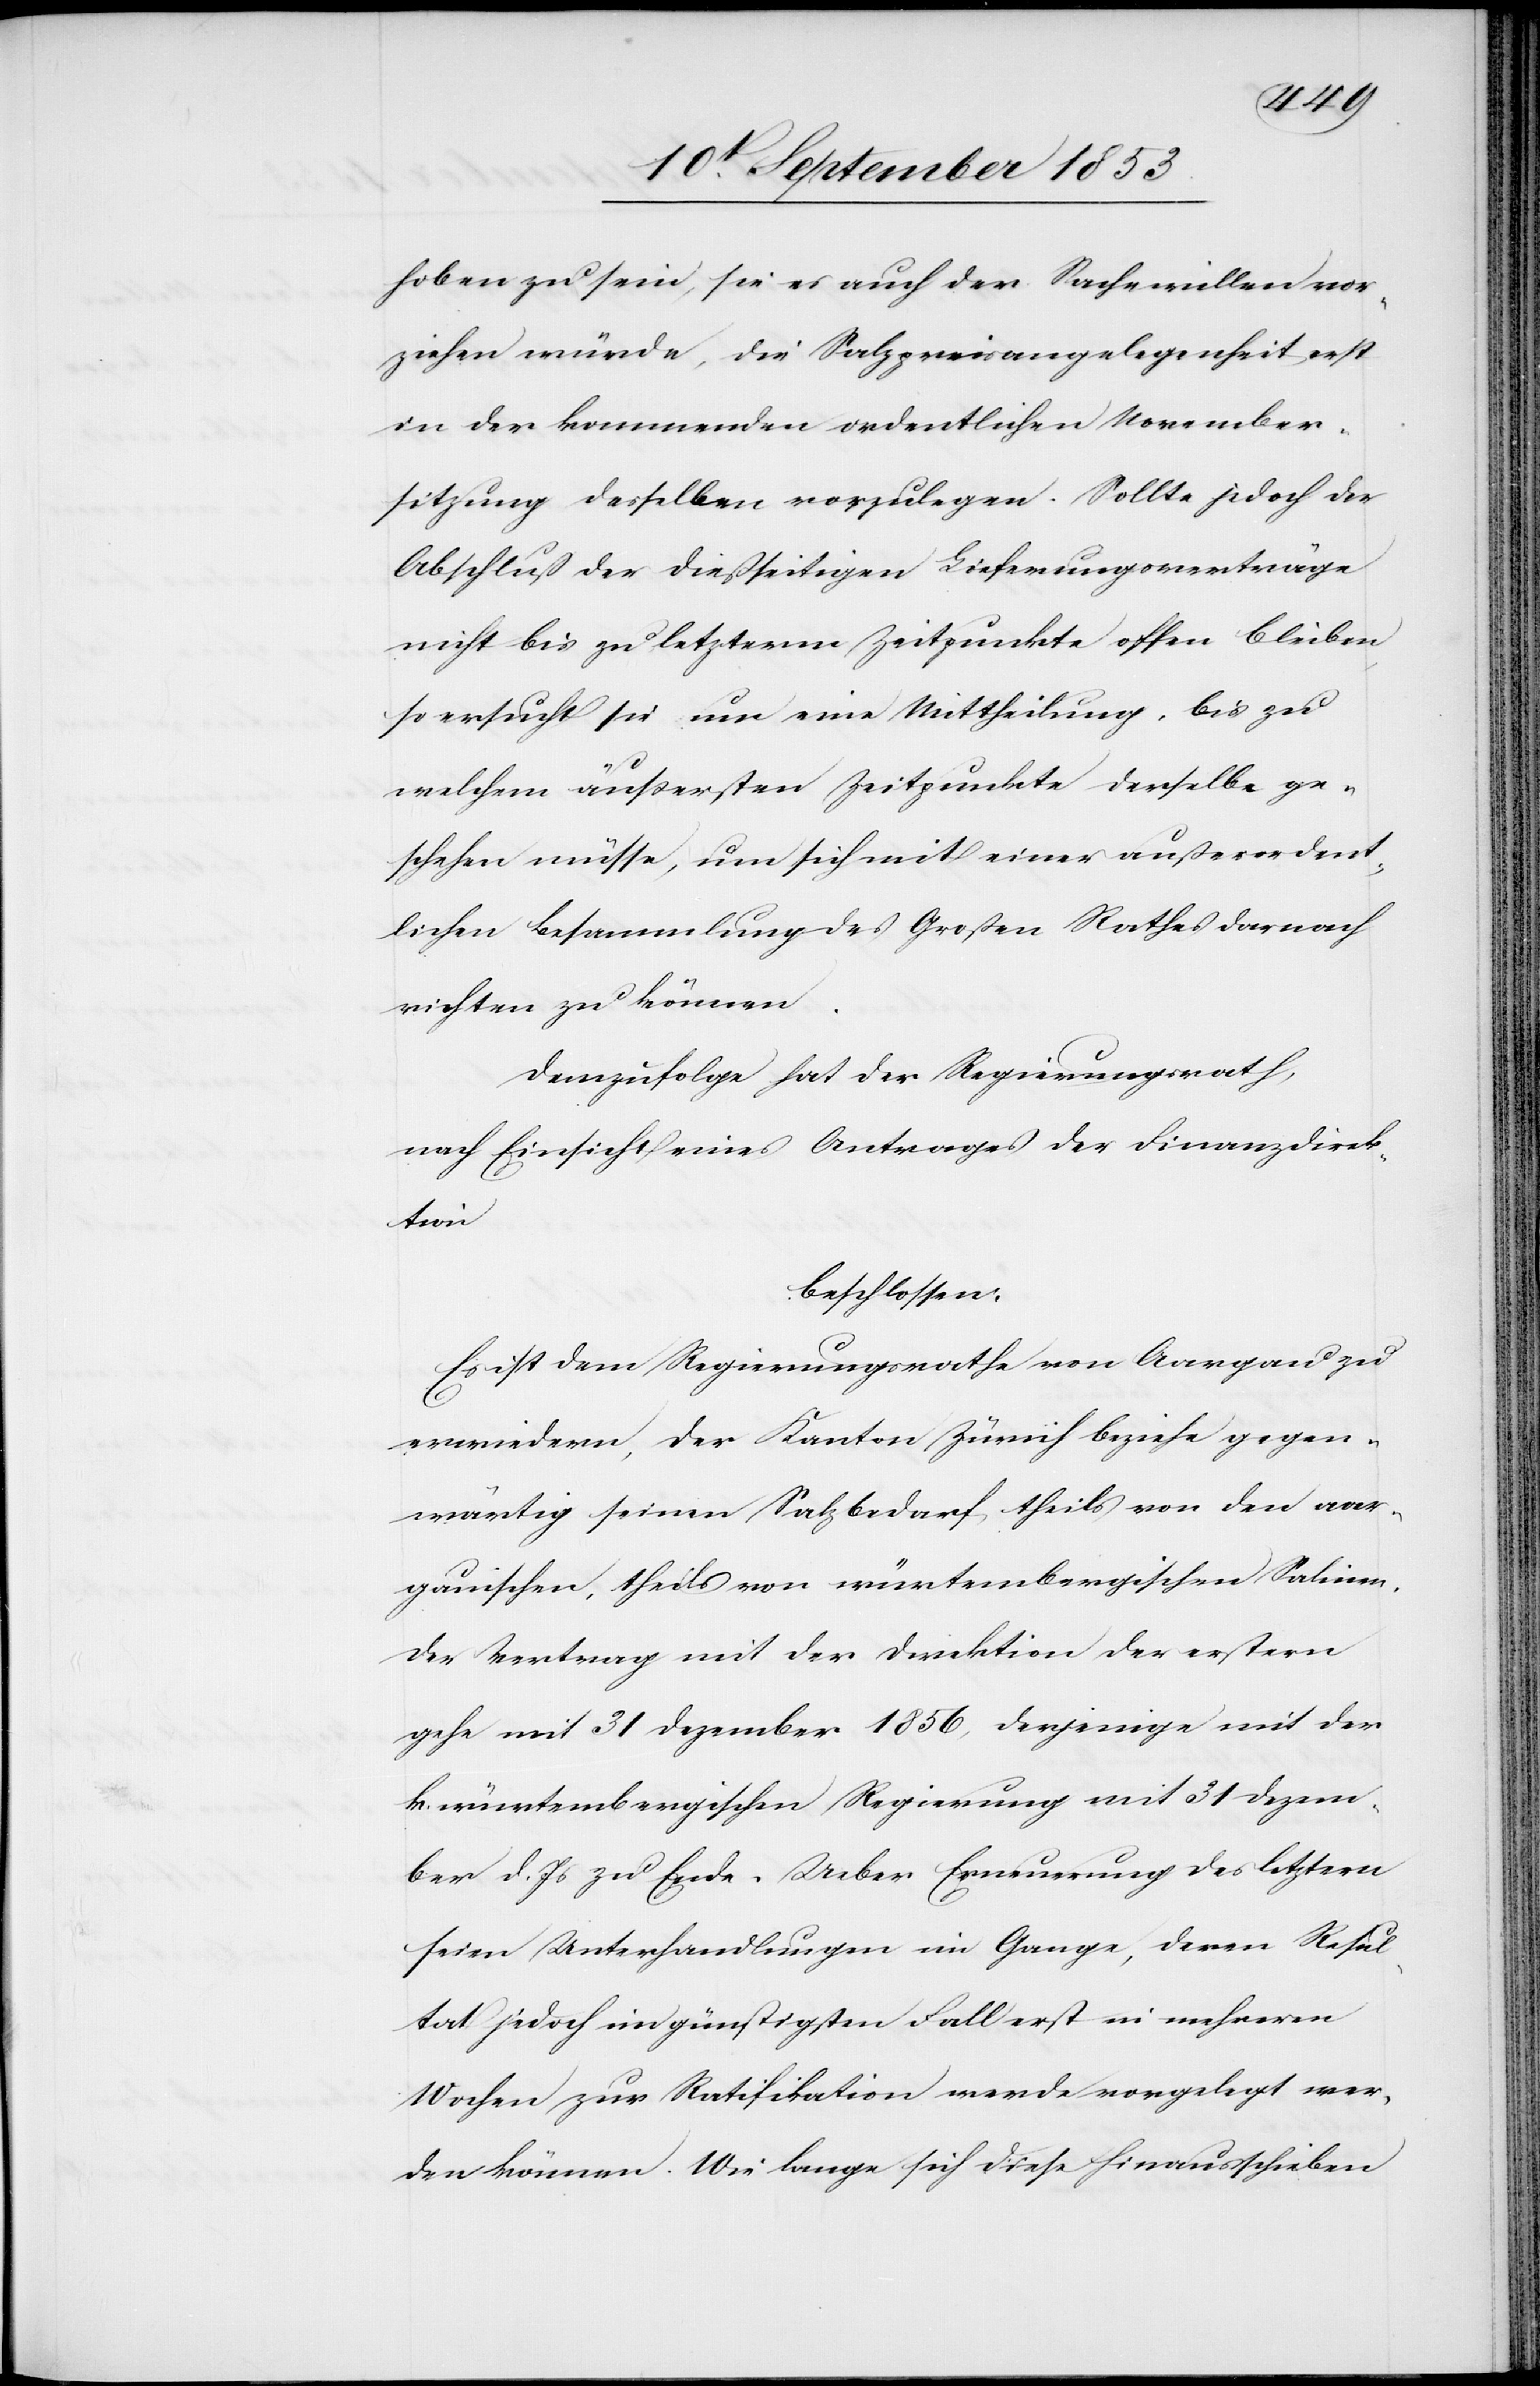
hoben zu sein, sie es auch der Sache willen vor¬
ziehen würde, die Salzpreisangelegenheit erst
in der kommenden ordentlichen November¬
sitzung desselben vorzulegen. Sollte jedoch der
Abschluß der dießseitigen Lieferungsverträge
nicht bis zu letzterm Zeitpunkte offen bleiben,
so ersucht sie um eine Mittheilung, bis zu
welchem äußersten Zeitpunkte derselbe ge¬
schehen müsse, um sich mit einer außerordent¬
lichen Besammlung des Großen Rathes darnach
richten zu können.
Demzufolge hat der Regierungsrath,
nach Einsicht eines Antrages der Finanzdirek¬
tion
beschlossen:
Es ist dem Regierungsrathe von Aargau zu
erwiedern, der Kanton Zürich beziehe gegen¬
wärtig seinen Salzbedarf, theils von den aar¬
gauischen, theils von würtembergischen Salinen,
der Vertrag mit der Direktion der erstern
gehe mit 31 Dezember 1856, derjenige mit der
k. würtembergischen Regierung mit 31 Dezem¬
ber d. Js. zu Ende. Ueber Erneuerung des letztern
seien Unterhandlungen im Gange, deren Resul¬
tat jedoch im günstigsten Fall erst in mehreren
Wochen zur Ratifikation werde vorgelegt wer¬
den können. Wie lange sich diese Hinausschieben